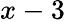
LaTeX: x-3